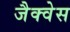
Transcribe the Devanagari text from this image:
जैक्वेस